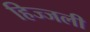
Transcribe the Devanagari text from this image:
हिज्जली